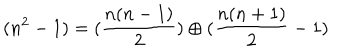
( n ^ { 2 } - 1 ) = ( \frac { n ( n - 1 ) } { 2 } ) \oplus ( \frac { n ( n + 1 ) } { 2 } - 1 )